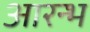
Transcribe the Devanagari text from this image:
आरन्भ